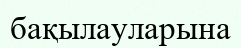
бақылауларына